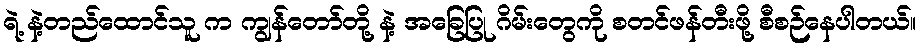
ရဲ့ နဲ့တည်ထောင်သူ က ကျွန်တော်တို့ နဲ့ အခြေပြု ဂိမ်းတွေကို စတင်ဖန်တီးဖို့ စီစဉ်နေပါတယ်။